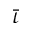
\bar { \iota }